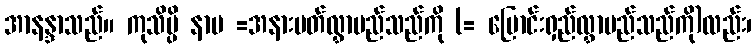
အာနန္ဒာသည်။ ကုသိမ္ပိ နာမ =အနားပတ်လွှာမည်သည်ကို (= မြောင်းရှည်လွှာမည်သည်ကို)လည်း၊